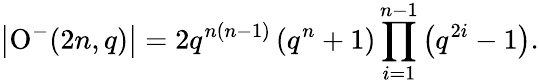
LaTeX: \left|\operatorname{O}^{-}(2n,q)\right|=2q^{n(n-1)}\left(q^{n}+1\right)\prod_{i=1}^{n-1}\left(q^{2i}-1\right).